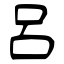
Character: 呂